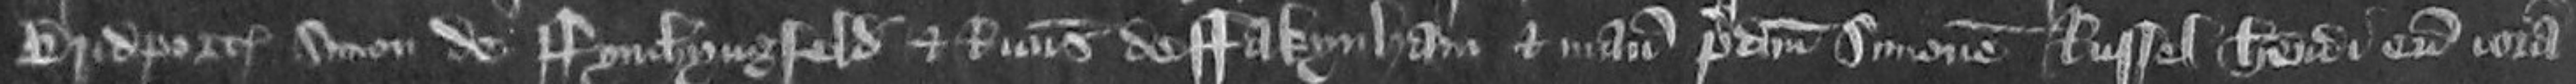
Bridport Simon de Fynchynfeld et Ricardus de Fakinham et manum predictum Simonem Russel habendi eum coram